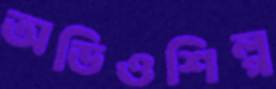
অডিওশিল্প